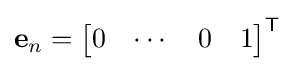
\mathbf {e} _{n}={\begin{bmatrix}0&\cdots &0&1\end{bmatrix}}^{\mathsf {T}}